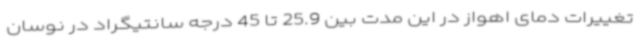
تغییرات دمای اهواز در این مدت بین 25.9 تا 45 درجه سانتیگراد در نوسان